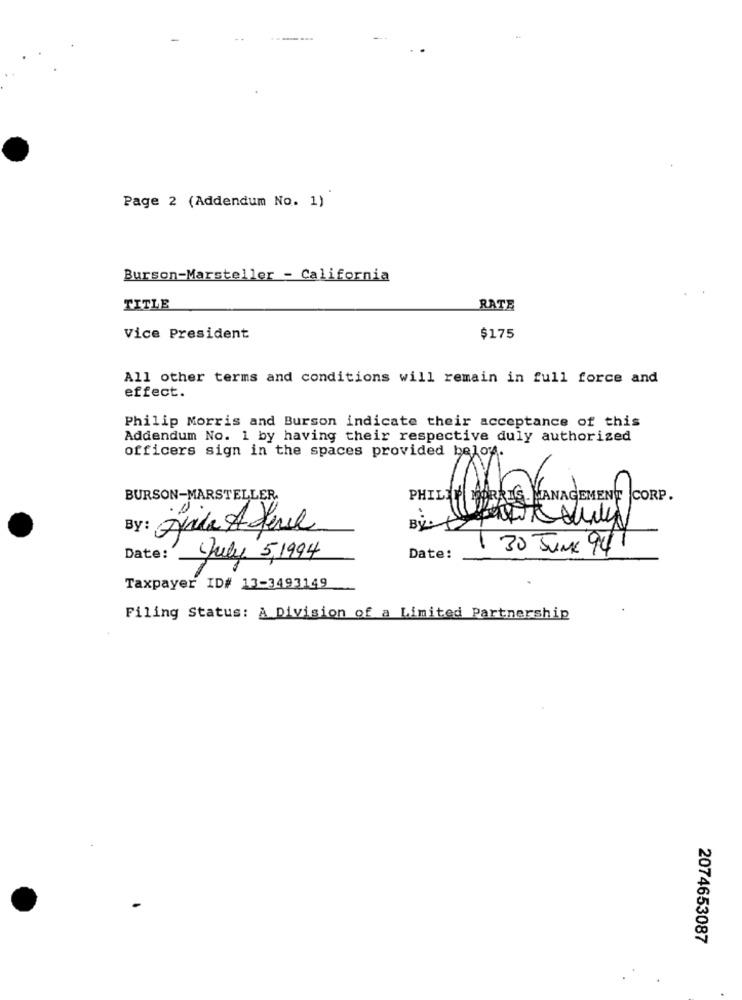
Page 2 (Addendum No. 1)
Burson-Marsteller - California
TITLE
RATE
Vice President
$175
All other terms and conditions will remain in full force and
effect.
Philip Morris and Burson indicate their acceptance of this
Addendum No. 1 by having their respective duly authorized
officers sign in the spaces provided below.
BURSON-MARSTELLER.
PHILIP MORRIS MANAGEMENT CORP.
By : Jule A dere
Bý.
1 30 JUNE 94
Date:
July 5,1994
Date:
Taxpayer ID# 13-3493149
Filing Status: A Division of a Limited Partnership
2074653087